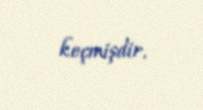
keçmişdir.